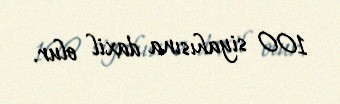
100 siyahısına daxil olur.